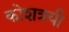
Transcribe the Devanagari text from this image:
कोशत्रयी